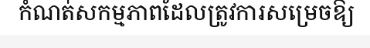
កំណត់សកម្មភាពដែលត្រូវការសម្រេចឱ្យ